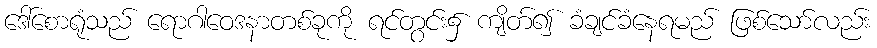
ဒေါ်စောရုံသည် ရောဂါဝေဒနာတစ်ခုကို ရင်တွင်း၌ ကျိတ်၍ ခံချင်ခံနေရမည် ဖြစ်သော်လည်း